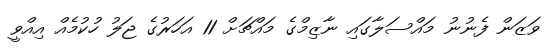
ވަޒަން ފެނުނު މައްސަލާގައި ނާޒިމްގެ މައްޗަށް 11 އަހަރުގެ ޖަލު ހުކުމެއް އިއްވީ